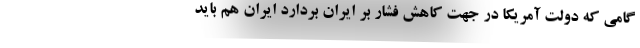
گامی که دولت آمریکا در جهت کاهش فشار بر ایران بردارد ایران هم باید